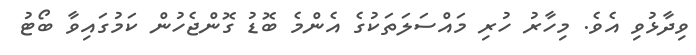
ވިދާޅުވި އެވެ. މިހާރު ހުރި މައްސަލަތަކުގެ އެންމެ ބޮޑު ގޮންޖެހުން ކަމުގައިވާ ބޯޓު